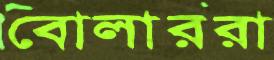
বোলাররা